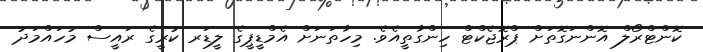
ކޮންޓްރޯލް އޮންނަގޮތަށް ޕްރޮޖެކްޓް ހިންގާތީއެވެ. މިހާތަނަށް އެމްޑީޕީގެ ލީޑަރ ކުރީގެ ރައީސް މުހައްމަދު